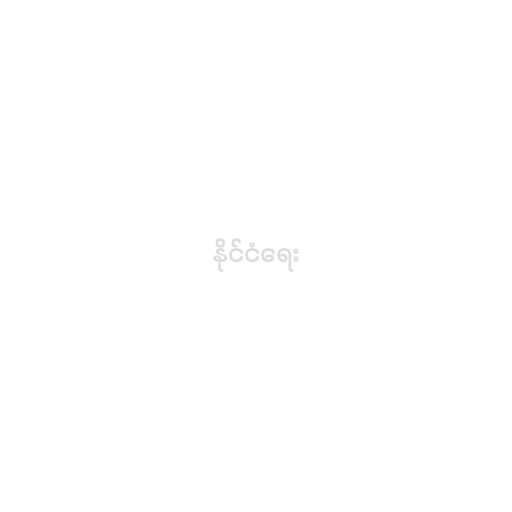
နိုင်ငံရေး